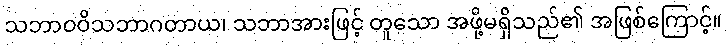
သဘာဝဝိသဘာဂတာယ၊ သဘာအားဖြင့် တူသော အဖို့မရှိသည်၏ အဖြစ်ကြောင့်။